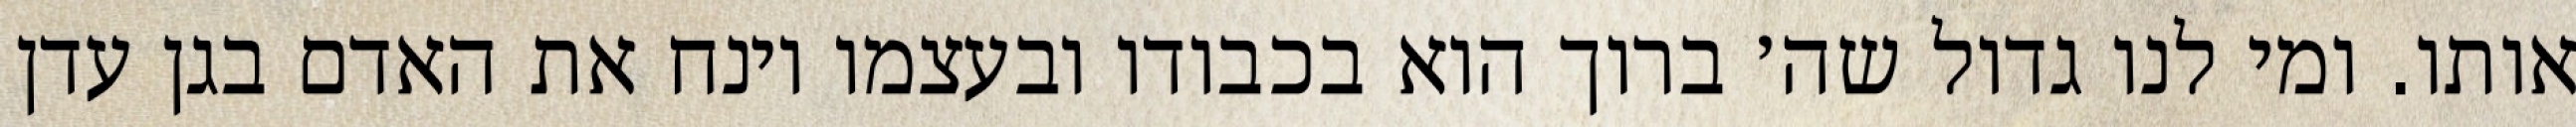
אותו. ומי לנו גדול שה׳ ברוך הוא בכבודו ובעצמו וינח את האדם בגן עדן